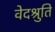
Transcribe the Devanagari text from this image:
वेदश्रुति